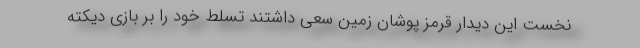
نخست این دیدار قرمز پوشان زمین سعی داشتند تسلط خود را بر بازی دیکته